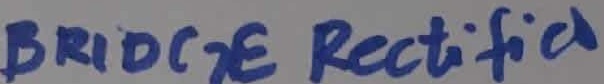
Text: Bridge Rectifier